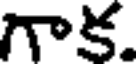
గాక.